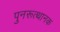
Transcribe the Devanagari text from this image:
पुनरूत्थानक